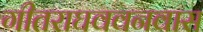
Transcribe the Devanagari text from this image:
गीतराघववनवास